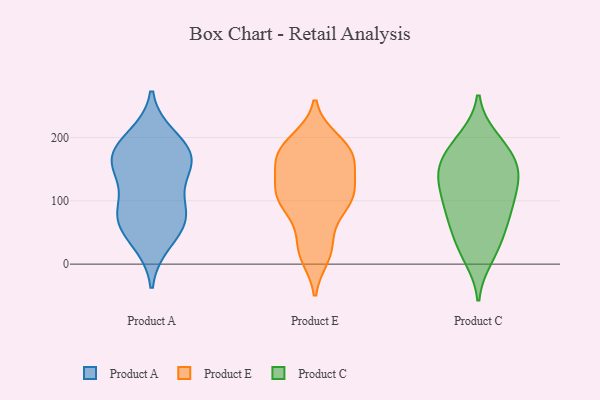
{"axis": {"x": "Page Views", "y": "Value"}, "legend": ["Product A", "Product C", "Product E"], "data": [{"x": "", "y": 147, "type": "Product A"}, {"x": "", "y": 164, "type": "Product A"}, {"x": "", "y": 36, "type": "Product A"}, {"x": "", "y": 153, "type": "Product A"}, {"x": "", "y": 62, "type": "Product A"}, {"x": "", "y": 79, "type": "Product A"}, {"x": "", "y": 79, "type": "Product A"}, {"x": "", "y": 83, "type": "Product A"}, {"x": "", "y": 175, "type": "Product A"}, {"x": "", "y": 178, "type": "Product A"}, {"x": "", "y": 199, "type": "Product A"}, {"x": "", "y": 196, "type": "Product E"}, {"x": "", "y": 132, "type": "Product E"}, {"x": "", "y": 99, "type": "Product E"}, {"x": "", "y": 107, "type": "Product E"}, {"x": "", "y": 28, "type": "Product E"}, {"x": "", "y": 170, "type": "Product E"}, {"x": "", "y": 22, "type": "Product E"}, {"x": "", "y": 103, "type": "Product E"}, {"x": "", "y": 100, "type": "Product E"}, {"x": "", "y": 163, "type": "Product E"}, {"x": "", "y": 129, "type": "Product E"}, {"x": "", "y": 192, "type": "Product E"}, {"x": "", "y": 177, "type": "Product E"}, {"x": "", "y": 162, "type": "Product E"}, {"x": "", "y": 71, "type": "Product E"}, {"x": "", "y": 175, "type": "Product E"}, {"x": "", "y": 107, "type": "Product E"}, {"x": "", "y": 13, "type": "Product E"}, {"x": "", "y": 196, "type": "Product C"}, {"x": "", "y": 99, "type": "Product C"}, {"x": "", "y": 87, "type": "Product C"}, {"x": "", "y": 138, "type": "Product C"}, {"x": "", "y": 64, "type": "Product C"}, {"x": "", "y": 199, "type": "Product C"}, {"x": "", "y": 121, "type": "Product C"}, {"x": "", "y": 82, "type": "Product C"}, {"x": "", "y": 158, "type": "Product C"}, {"x": "", "y": 160, "type": "Product C"}, {"x": "", "y": 125, "type": "Product C"}, {"x": "", "y": 140, "type": "Product C"}, {"x": "", "y": 145, "type": "Product C"}, {"x": "", "y": 166, "type": "Product C"}, {"x": "", "y": 17, "type": "Product C"}, {"x": "", "y": 184, "type": "Product C"}, {"x": "", "y": 10, "type": "Product C"}, {"x": "", "y": 46, "type": "Product C"}, {"x": "", "y": 89, "type": "Product C"}, {"x": "", "y": 39, "type": "Product C"}]}